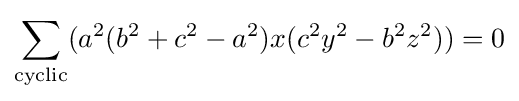
\sum _{\text{cyclic}}(a^{2}(b^{2}+c^{2}-a^{2})x(c^{2}y^{2}-b^{2}z^{2}))=0